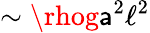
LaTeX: \sim\rhog\mathsf{a}^{2}\ell^{2}